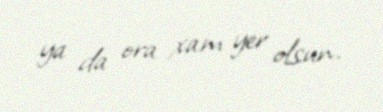
ya da ora xam yer olsun.